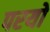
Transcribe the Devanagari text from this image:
परयो